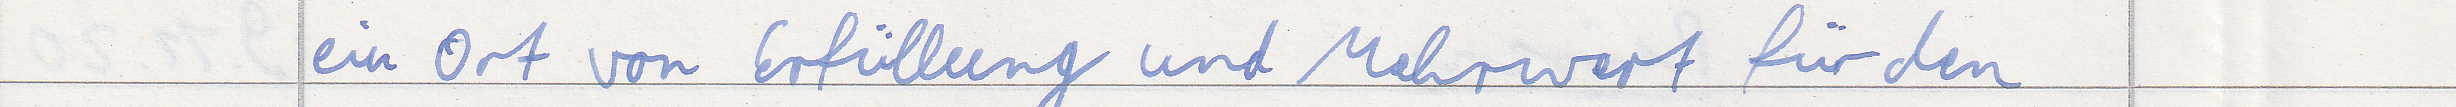
ein Ort von Erfüllung und Mehrwert für den